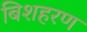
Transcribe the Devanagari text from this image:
बिशहरण